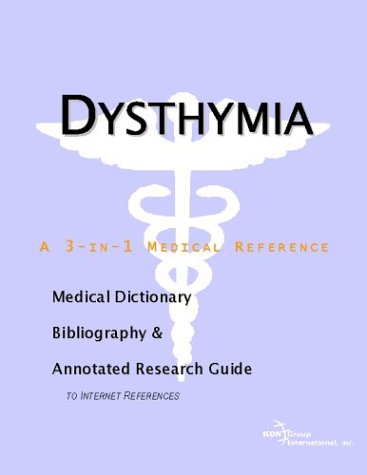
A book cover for Dysthymia - A Medical Dictionary, Bibliography, and Annotated Research Guide to Internet References; Icon Health Publications; Health, Fitness & Dieting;